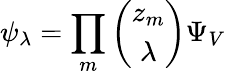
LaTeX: \psi_{\lambda}=\prod_{m}\left(\begin{array}{c}{{z_{m}}}\\ {{\lambda}}\end{array}\right)\Psi_{V}